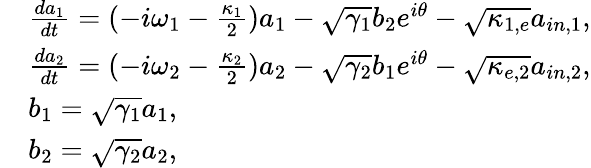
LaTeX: \begin{array}{rl}&{\frac{da_{1}}{dt}=(-i\omega_{1}-\frac{\kappa_{1}}{2})a_{1}-\sqrt{\gamma_{1}}b_{2}e^{i\theta}-\sqrt{\kappa_{1,e}}a_{in,1},}\\ &{\frac{da_{2}}{dt}=(-i\omega_{2}-\frac{\kappa_{2}}{2})a_{2}-\sqrt{\gamma_{2}}b_{1}e^{i\theta}-\sqrt{\kappa_{e,2}}a_{in,2},}\\ &{b_{1}=\sqrt{\gamma_{1}}a_{1},}\\ &{b_{2}=\sqrt{\gamma_{2}}a_{2},}\end{array}